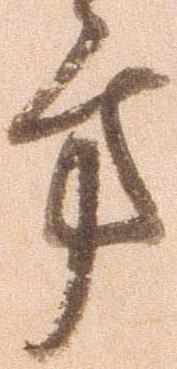
方